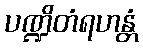
ပဏ္ဍိတံရဟန္တံ